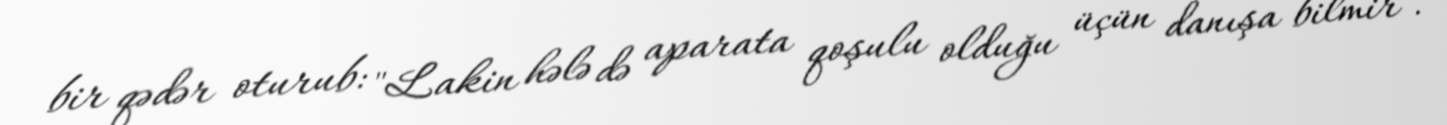
bir qədər oturub: "Lakin hələ də aparata qoşulu olduğu üçün danışa bilmir".